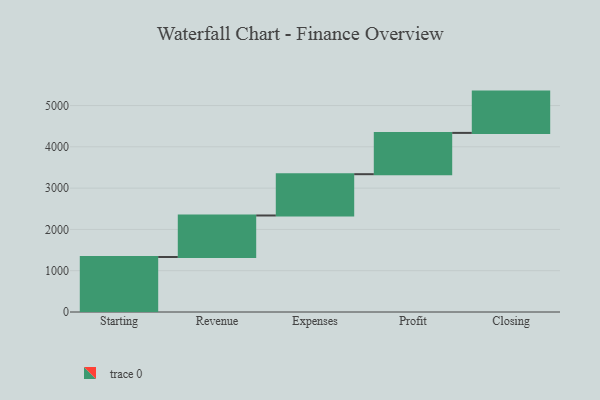
{"axis": {"x": "Step", "y": "Value"}, "legend": [""], "data": [{"x": "Starting", "y": 1332.0, "type": ""}, {"x": "Revenue", "y": 1005.0, "type": ""}, {"x": "Expenses", "y": 1000, "type": ""}, {"x": "Profit", "y": 1000, "type": ""}, {"x": "Closing", "y": 1000, "type": ""}]}